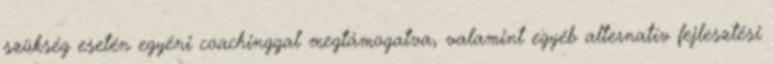
szükség esetén egyéni coachinggal megtámogatva, valamint egyéb alternatív fejlesztési